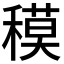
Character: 𥡸